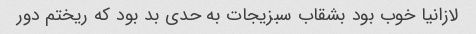
لازانیا خوب بود بشقاب سبزیجات به حدی بد بود که ریختم دور